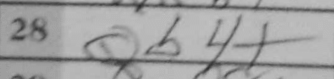
Transcription: Qb4+